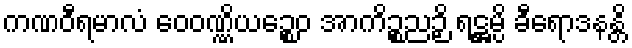
ကဏဝီရမာလံ ဝေဝဏ္ဏိယဉ္စေဝ အာကိဉ္စညဉှိ ရဋ္ဌမ္ပိ ခီရောဒနန္တိ